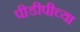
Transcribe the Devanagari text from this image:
पीडीपीच्या